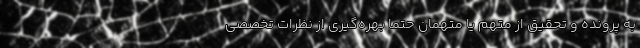
به پرونده و تحقیق از متهم یا متهمان حتماً بهره‌گیری از نظرات تخصصی